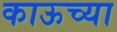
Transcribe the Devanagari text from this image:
काऊच्या